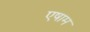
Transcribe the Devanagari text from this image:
एषाम